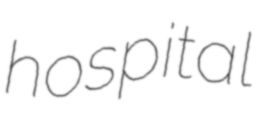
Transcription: hospital